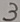
Text: 3